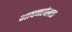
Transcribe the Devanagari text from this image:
भाषनलेखक